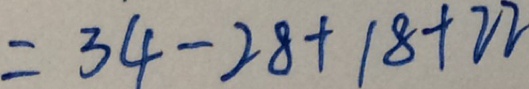
= 3 4 - 2 8 + 1 8 + 2 2